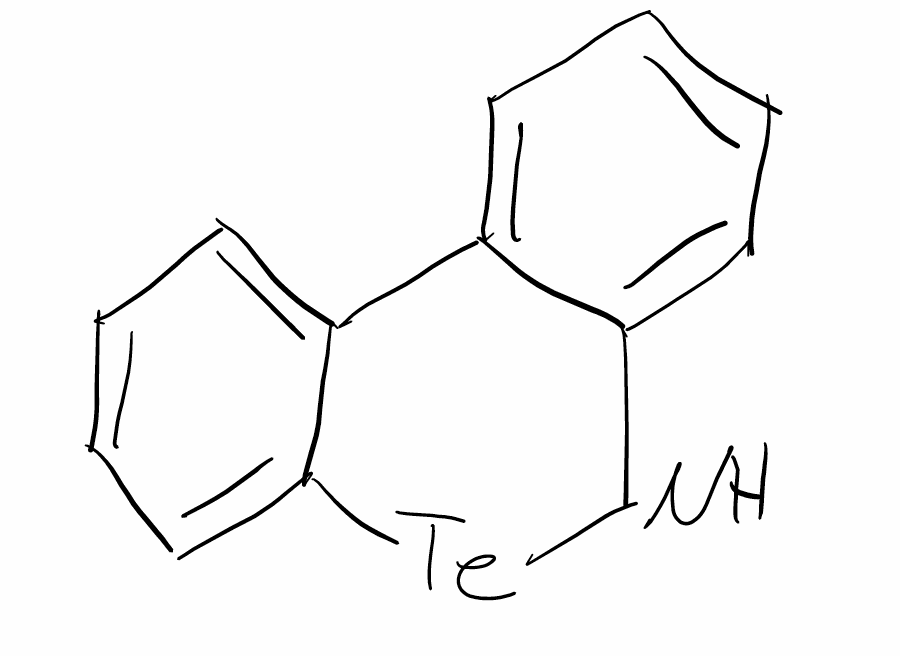
Simplified molecular-input line-entry system (SMILES) notation of the given molecule:
C1=CC=C2C(=C1)C3=CC=CC=C3[Te]N2